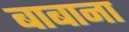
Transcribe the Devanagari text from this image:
बाबाना